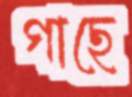
গাছে